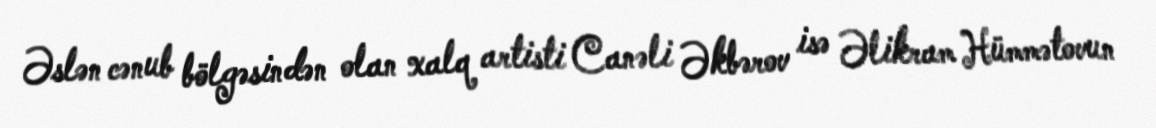
Əslən cənub bölgəsindən olan xalq artisti Canəli Əkbərov isə Əlikram Hümmətovun